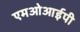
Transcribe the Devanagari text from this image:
एमओआईपी